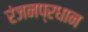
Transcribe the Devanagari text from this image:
रंजनप्रधान